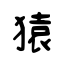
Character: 猿